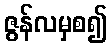
ဇွန်လမှစ၍